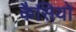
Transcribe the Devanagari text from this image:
कैसियो